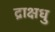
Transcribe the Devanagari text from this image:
द्राक्षधु